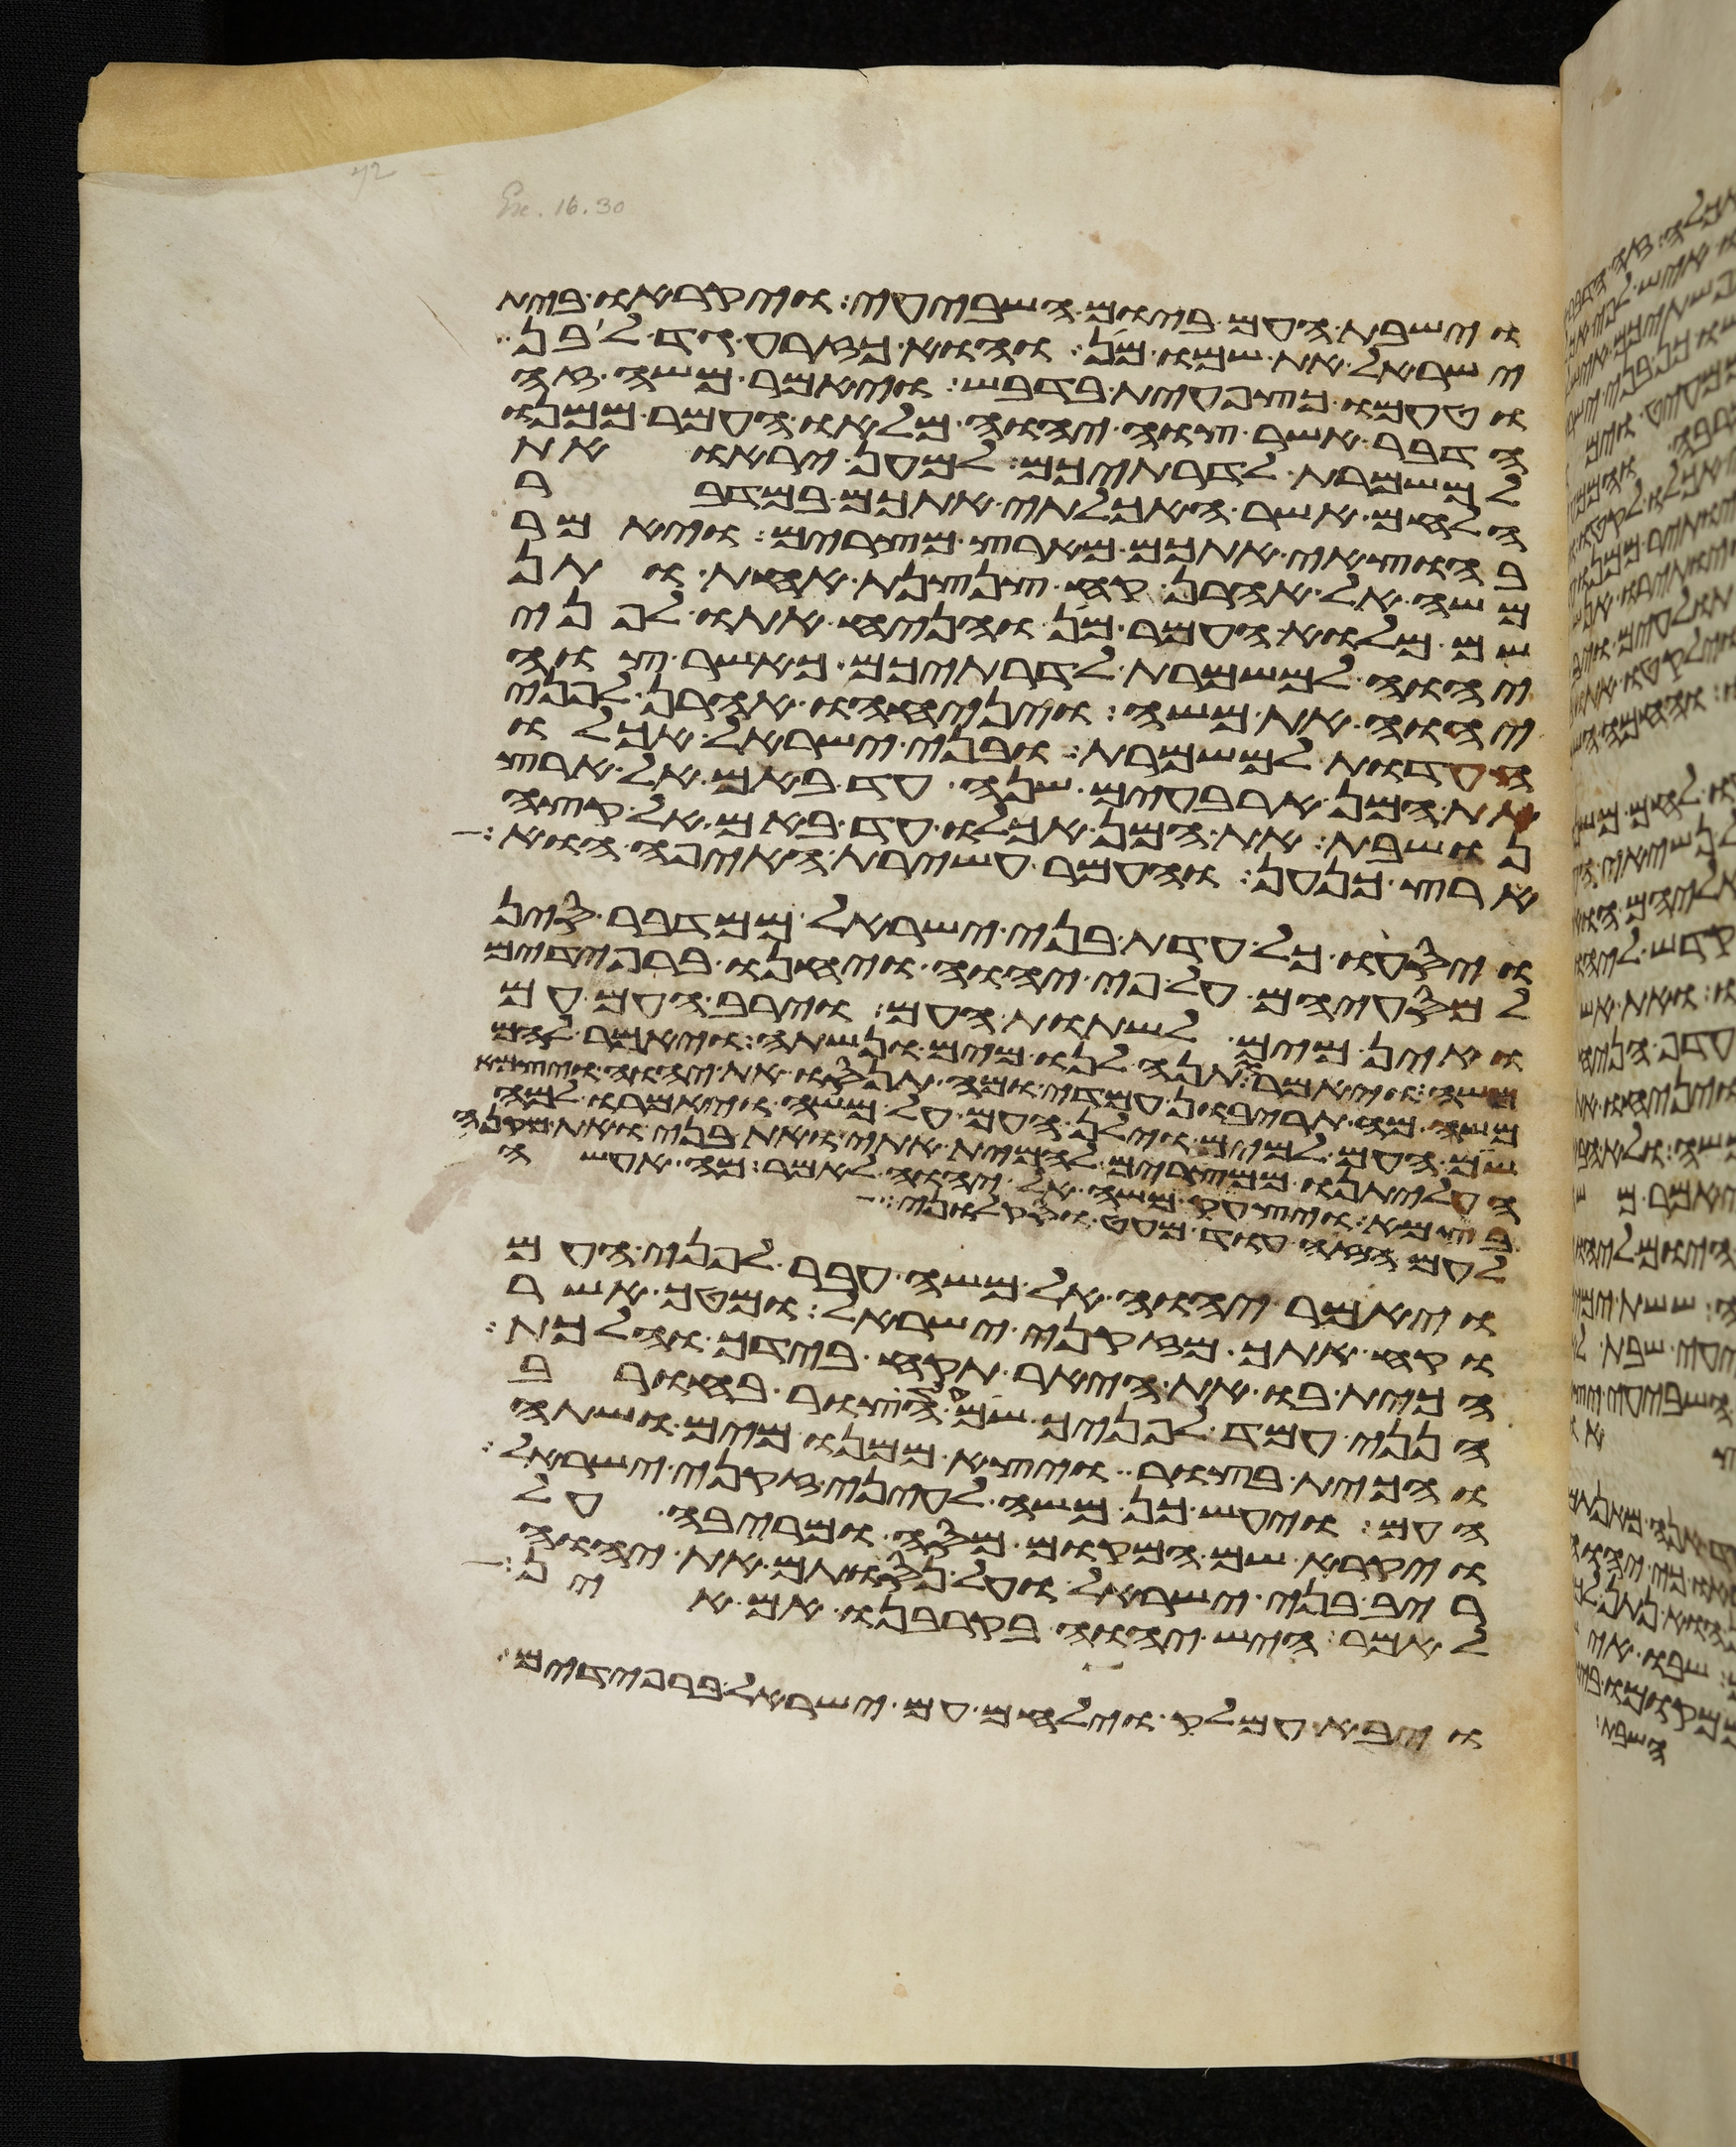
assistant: וישבת העם ביום השביעי ויקראו בית
ישראל את שמו מן והוא כזרע גד לבן
וטעמו כצפחית בדבש ויאמר משה זה
הדבר אשר צוה יהוה מלאו העמר ממנו
למשמרת לדרתיכם למען יראו את
הלחם אשר האכלתי אתכם במדבר
בהוצאי אתכם מארץ מצרים ויאמר
משה אל אהרן קח צנצנת אחת ותן
שם מלוא העמר מן והניח אתו לפני
יהוה למשמרת לדרתיכם כאשר צוה
יהוה את משה ויניחהו אהרן לפני
העדות למשמרת ובני ישראל אכלו
את המן ארבעים שנה עד באם אל ארץ
נושבת את המן אכלו עד באם אל קצה
ארץ כנען והעמר עשירת האיפה הוא
ויסעו כל עדת בני ישראל ממדבר סין
למסעיהם על פי יהוה ויחנו ברפידים
ואין מים לשתות העם וירב העם עם
משה ויאמר תנה לנו מים ונשתה ויאמר להם
משה מה תריבון עמדי ומה תנסו את יהוה ויצמא
שם העם למים וילן העם על משה ויאמרו למה
העליתנו ממצרים להמית אתי ואת בני ואת מקני
בצמא ויצעק משה אל יהוה לאמר מה אעשה
לעם הזה עוד מעט וסקלוני
ויאמר יהוה אל משה עבר לפני העם
וקח אתך מזקני ישראל ומטך אשר
הכית בו את היאר תקח בידך והלכת
הנני עמד לפניך שם על הצור בחורב
והכית בצור ויצא ממנו מים ושתה
העם ויעש כן משה לעיני זקני ישראל
ויקרא שם המקום מסה ומריבה על
ריב בני ישראל ועל נסותם את יהוה
לאמר היש יהוה בקרבנו אם אין
ויבא עמלק וילחם עם ישראל ברפידים